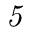
\it 5